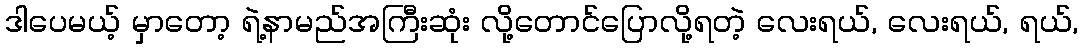
ဒါပေမယ့် မှာတော့ ရဲ့နာမည်အကြီးဆုံး လို့တောင်ပြောလို့ရတဲ့ လေးရယ်, လေးရယ်, ရယ်,